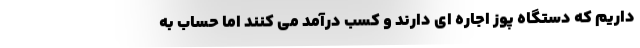
داریم که دستگاه پوز اجاره ای دارند و کسب درآمد می کنند اما حساب به